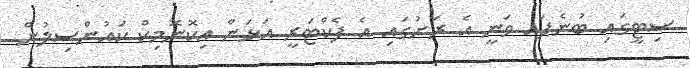
ސިޓީގައި ބުނެފައ ވަނީ އެ ރަށުގައި އެ ފެކްޓަރީ އަޅަން އިކޮނޮމިކް ކައުންސިލުން